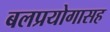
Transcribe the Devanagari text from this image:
बलप्रयोगासह